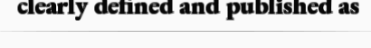
clearly defined and published as